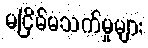
မငြိမ်မသက်မှုများ